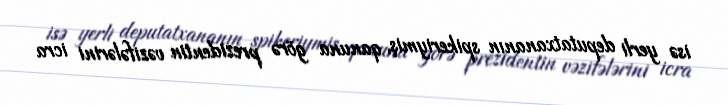
isə yerli deputatxananın spikeriymiş, qanuna görə prezidentin vəzifələrini icra